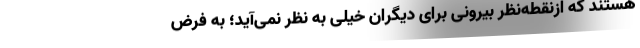
هستند که ازنقطه‌نظر بیرونی برای دیگران خیلی به نظر نمی‌آید؛ به فرض